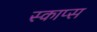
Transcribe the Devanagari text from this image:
स्काप्स